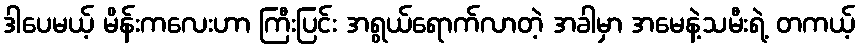
ဒါပေမယ့် မိန်းကလေးဟာ ကြီးပြင်း အရွယ်ရောက်လာတဲ့ အခါမှာ အမေနဲ့သမီးရဲ့ တကယ့်